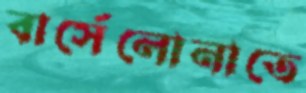
বার্সেলোনাতে